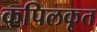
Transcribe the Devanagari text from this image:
कपिलकृत